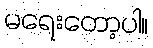
မရေးတော့ပါ။